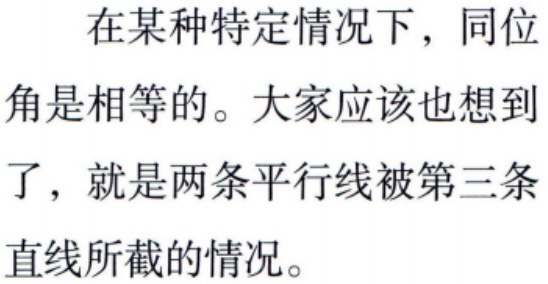
在某种特定情况下，同位角是相等的。大家应该也想到了，就是两条平行线被第三条直线所截的情况。